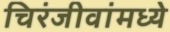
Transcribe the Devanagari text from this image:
चिरंजीवांमध्ये